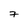
Character: 7